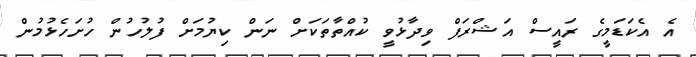
އެ އެކަޑަމީގެ ރައީސް އަޝްރަފް ވިދާޅުވީ ކުއްތާތަކަށް ނަން ކިޔުމަށް ފުލުހުން ހުށަހެޅުމުން